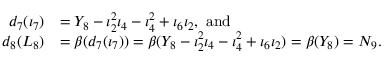
\begin{array} { r l } { d _ { 7 } ( \iota _ { 7 } ) } & { = Y _ { 8 } - \iota _ { 2 } ^ { 2 } \iota _ { 4 } - \iota _ { 4 } ^ { 2 } + \iota _ { 6 } \iota _ { 2 } , \, \, \mathrm { a n d } } \\ { d _ { 8 } ( L _ { 8 } ) } & { = \beta ( d _ { 7 } ( \iota _ { 7 } ) ) = \beta ( Y _ { 8 } - \iota _ { 2 } ^ { 2 } \iota _ { 4 } - \iota _ { 4 } ^ { 2 } + \iota _ { 6 } \iota _ { 2 } ) = \beta ( Y _ { 8 } ) = N _ { 9 } . } \end{array}